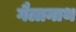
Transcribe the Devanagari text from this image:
गैलानाथ